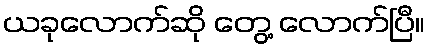
ယခုလောက်ဆို တွေ့ လောက်ပြီ။